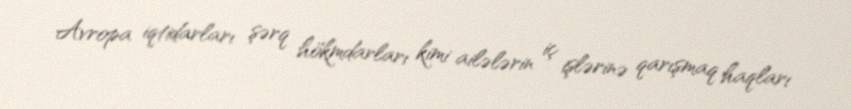
Avropa iqtidarları şərq hökmdarları kimi ailələrin iç işlərinə qarışmaq haqları